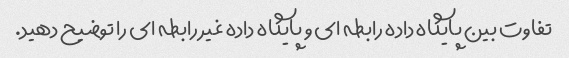
تفاوت بین پایگاه داده رابطه ای و پایگاه داده غیر رابطه ای را توضیح دهید.